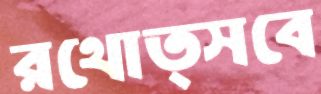
রথোত্সবে